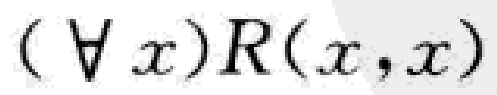
$(\forall x)R(x,x)$